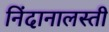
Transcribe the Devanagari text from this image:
निंदानालस्ती